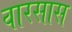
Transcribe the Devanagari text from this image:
वारसास